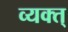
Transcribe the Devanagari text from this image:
व्यक्त्